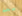
بعد